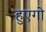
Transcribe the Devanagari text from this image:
हुएगो